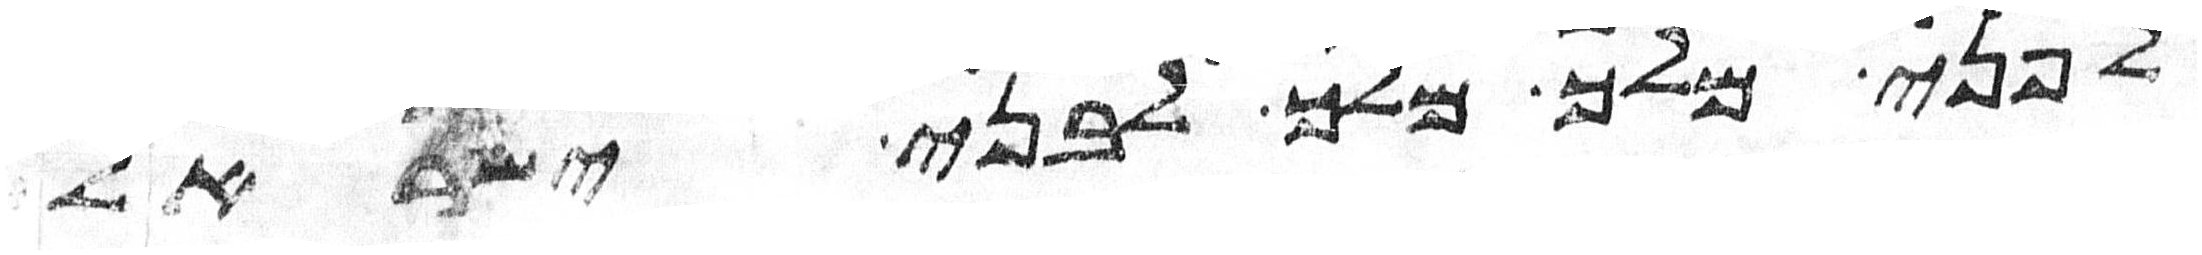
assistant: לפני מלך מלך לבני ישראל